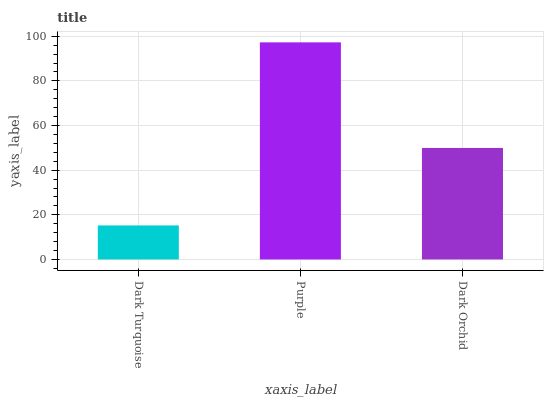
| xaxis_label | bars |
 | --- | --- |
 | Dark Turquoise | 15.2 |
 | Purple | 97.3 |
 | Dark Orchid | 50 |